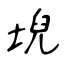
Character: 堄